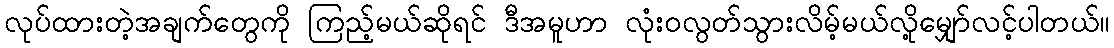
လုပ်ထားတဲ့အချက်တွေကို ကြည့်မယ်ဆိုရင် ဒီအမူဟာ လုံးဝလွတ်သွားလိမ့်မယ်လို့မျှော်လင့်ပါတယ်။